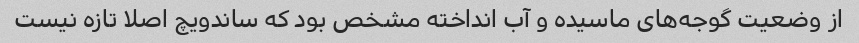
از وضعیت گوجه‌های ماسیده و آب انداخته مشخص بود که ساندویچ اصلا تازه نیست